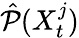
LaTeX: \hat{\mathcal{P}}(X_{t}^{j})